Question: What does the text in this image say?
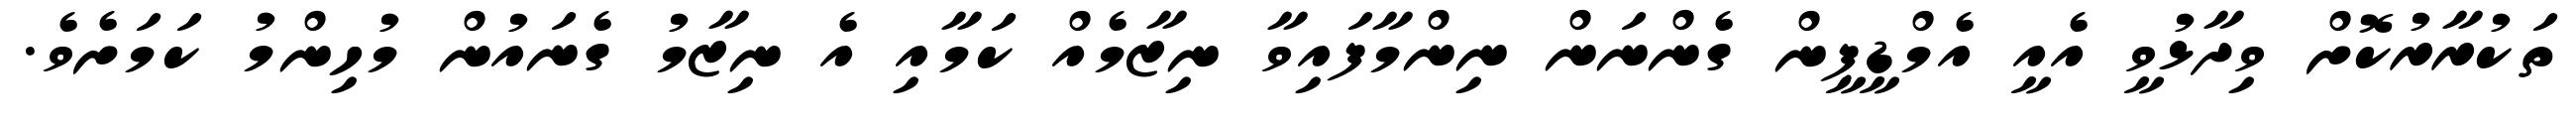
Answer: ތަކުރާރުކޮށް ވިދާޅުވީ އެއީ އެމްޑީޕީން ގެންނަން ނިންމާފައިވާ ނިޒާމެއް ކަމާއި އެ ނިޒާމު ގެނައުން މުހިންމު ކަމަށެވެ.